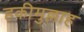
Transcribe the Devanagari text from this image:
हकीमुल्लाह